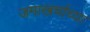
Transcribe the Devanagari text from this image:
जमाखर्चाच्या